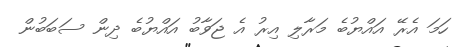
ހަމަ އެރޭ އައްޔުބެ މަރާލި އިރު އެ ޖަވާބު އައްޔުބެ ދިން ސަބަބުން